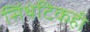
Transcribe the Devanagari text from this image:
सिंथेटिकही